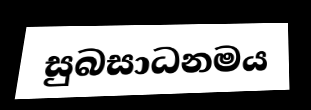
සුබසාධනමය